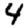
Digit: 4